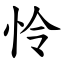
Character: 怜